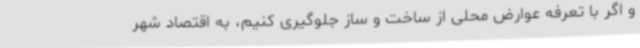
و اگر با تعرفه عوارض محلی از ساخت و ساز جلوگیری کنیم، به اقتصاد شهر